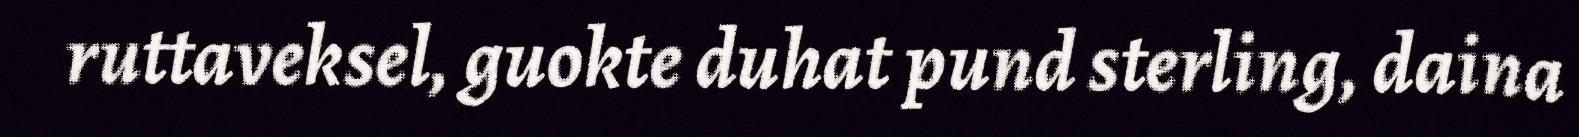
ruttaveksel, guokte duhat pund sterling, daina